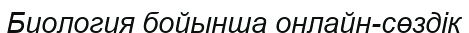
Биология бойынша онлайн-сөздік